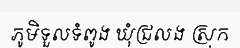
ភូមិទួលទំពូង ឃុំជ្រលង ស្រុក